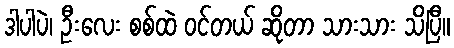
ဒါပါပဲ၊ ဦးလေး စစ်ထဲ ဝင်တယ် ဆိုတာ သားသား သိပြီ။